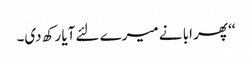
‘‘ پھر ابا نے میرے لئے آیا رکھ دی۔